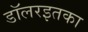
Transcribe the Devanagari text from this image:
डॉलरइतका